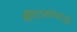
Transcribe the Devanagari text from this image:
कीटकभाऊ